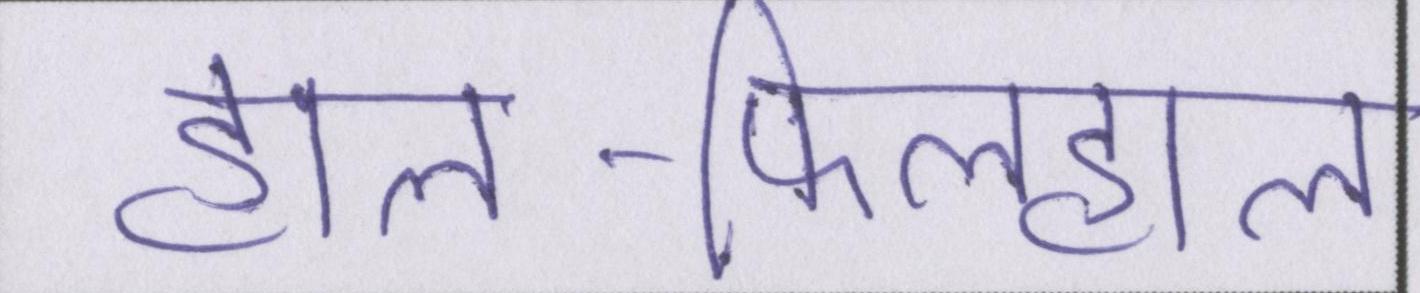
हाल-फिलहाल